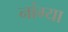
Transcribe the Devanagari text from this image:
नांग्या